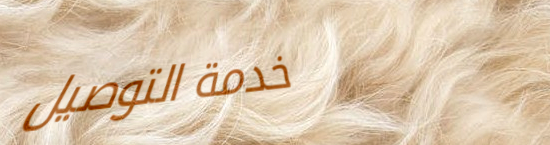
خدمة التوصيل